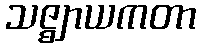
သဇ္ဈာယကတာ